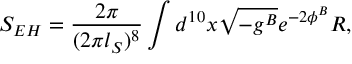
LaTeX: { S _ { E H } = { \frac { 2 \pi } { ( 2 \pi l _ { S } ) ^ { 8 } } } \int d ^ { 1 0 } x \sqrt { - g ^ { B } } e ^ { - 2 \phi ^ { B } } R , }